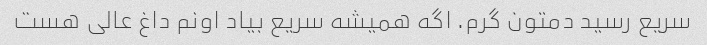
سریع رسید دمتون گرم. اگه همیشه سریع بیاد اونم داغ عالی هست